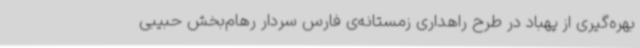
بهره‌گیری از پهباد در طرح راهداری زمستانه‌ی فارس سردار رهام‌بخش حبیبی